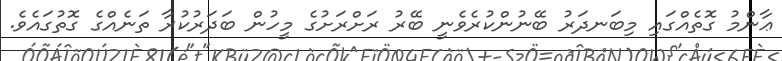
ޢާންމު ގޮތެއްގައި މިބަނދަރު ބޭނުންކުރެވެނީ ބޭރު ރަށްރަށުގެ މީހުން ބަދަރުކުރާ ތަނެއްގެ ގޮތުގައެވެ.